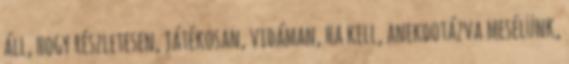
áll, hogy részletesen, játékosan, vidáman, ha kell, anekdotázva mesélünk,